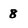
Character: 8